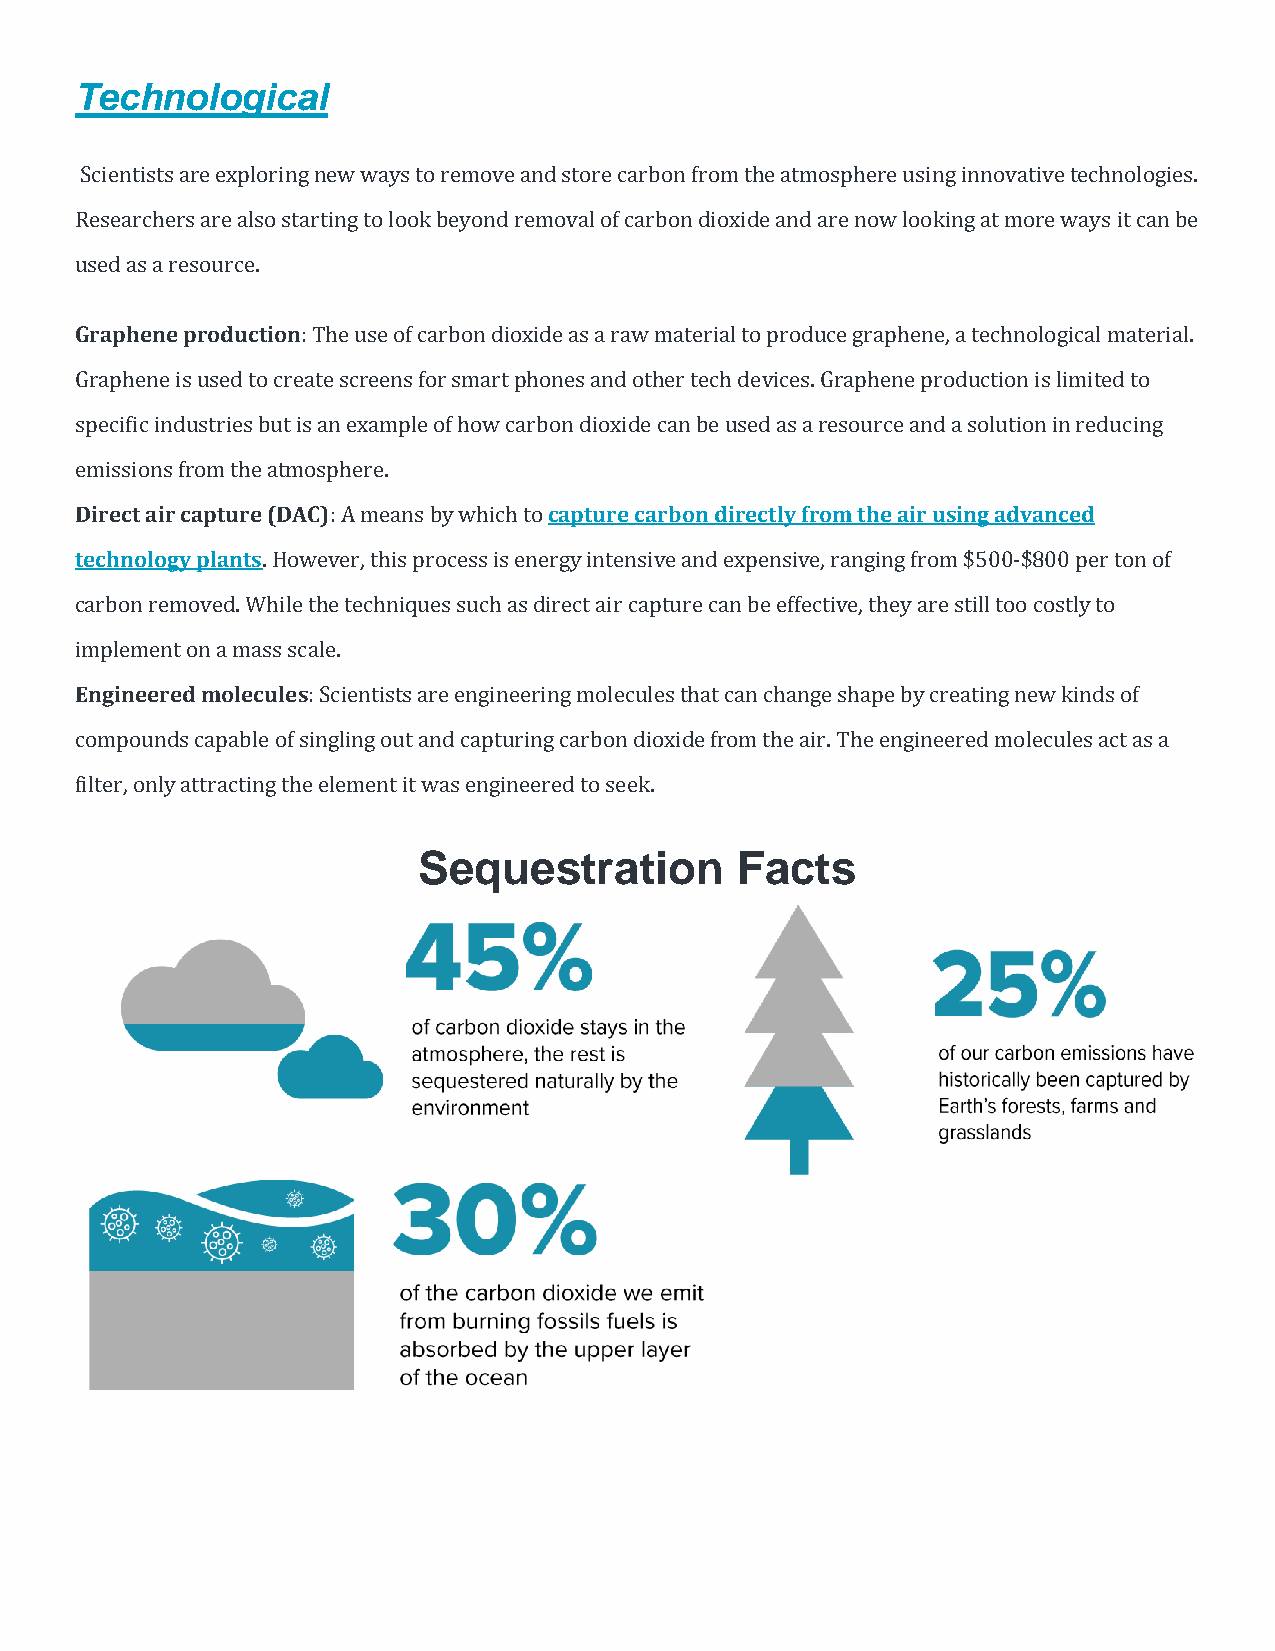
Technological
 Scientists are exploring new ways to remove and store carbon from the atmosphere using innovative technologies.
 Researchers are also starting to look beyond removal of carbon dioxide and are now looking at more ways it can be
 used as a resource.
 Graphene production: The use of carbon dioxide as a raw material to produce graphene, a technological material.
 Graphene is used to create screens for smart phones and other tech devices. Graphene production is limited to
 specific industries but is an example of how carbon dioxide can be used as a resource and a solution in reducing
 emissions from the atmosphere.
 Direct air capture (DAC): A means by which to capture carbon directly from the air using advanced
 technology plants. However, this process is energy intensive and expensive, ranging from $500-$800 per ton of
 carbon removed. While the techniques such as direct air capture can be effective, they are still too costly to
 implement on a mass scale.
 Engineered molecules: Scientists are engineering molecules that can change shape by creating new kinds of
 compounds capable of singling out and capturing carbon dioxide from the air. The engineered molecules act as a
 filter, only attracting the element it was engineered to seek.
 Sequestration        Facts